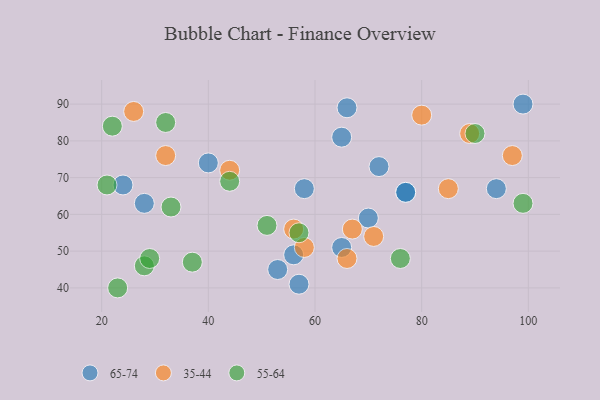
{"axis": {"x": "GDP", "y": "Life Expectancy"}, "legend": ["35-44", "55-64", "65-74"], "data": [{"x": "56", "y": 49, "type": "65-74"}, {"x": "70", "y": 59, "type": "65-74"}, {"x": "24", "y": 68, "type": "65-74"}, {"x": "94", "y": 67, "type": "65-74"}, {"x": "65", "y": 51, "type": "65-74"}, {"x": "57", "y": 41, "type": "65-74"}, {"x": "40", "y": 74, "type": "65-74"}, {"x": "72", "y": 73, "type": "65-74"}, {"x": "77", "y": 66, "type": "65-74"}, {"x": "53", "y": 45, "type": "65-74"}, {"x": "77", "y": 66, "type": "65-74"}, {"x": "99", "y": 90, "type": "65-74"}, {"x": "58", "y": 67, "type": "65-74"}, {"x": "28", "y": 63, "type": "65-74"}, {"x": "65", "y": 81, "type": "65-74"}, {"x": "66", "y": 89, "type": "65-74"}, {"x": "67", "y": 56, "type": "35-44"}, {"x": "89", "y": 82, "type": "35-44"}, {"x": "85", "y": 67, "type": "35-44"}, {"x": "32", "y": 76, "type": "35-44"}, {"x": "80", "y": 87, "type": "35-44"}, {"x": "71", "y": 54, "type": "35-44"}, {"x": "44", "y": 72, "type": "35-44"}, {"x": "56", "y": 56, "type": "35-44"}, {"x": "58", "y": 51, "type": "35-44"}, {"x": "97", "y": 76, "type": "35-44"}, {"x": "26", "y": 88, "type": "35-44"}, {"x": "66", "y": 48, "type": "35-44"}, {"x": "23", "y": 40, "type": "55-64"}, {"x": "22", "y": 84, "type": "55-64"}, {"x": "21", "y": 68, "type": "55-64"}, {"x": "90", "y": 82, "type": "55-64"}, {"x": "32", "y": 85, "type": "55-64"}, {"x": "76", "y": 48, "type": "55-64"}, {"x": "44", "y": 69, "type": "55-64"}, {"x": "28", "y": 46, "type": "55-64"}, {"x": "99", "y": 63, "type": "55-64"}, {"x": "37", "y": 47, "type": "55-64"}, {"x": "33", "y": 62, "type": "55-64"}, {"x": "29", "y": 48, "type": "55-64"}, {"x": "51", "y": 57, "type": "55-64"}, {"x": "57", "y": 55, "type": "55-64"}]}